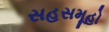
સહસમૂહો